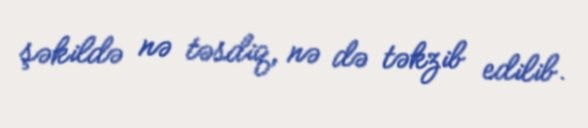
şəkildə nə təsdiq, nə də təkzib edilib.